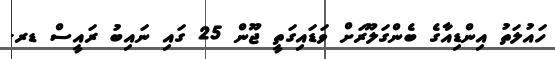
ހައުލަތު އިންޑިއާގެ ބެންގަލޫރަށް ވަޑައިގަތީ ޖޫން 25 ގައި ނައިބު ރައީސް ޑރ.